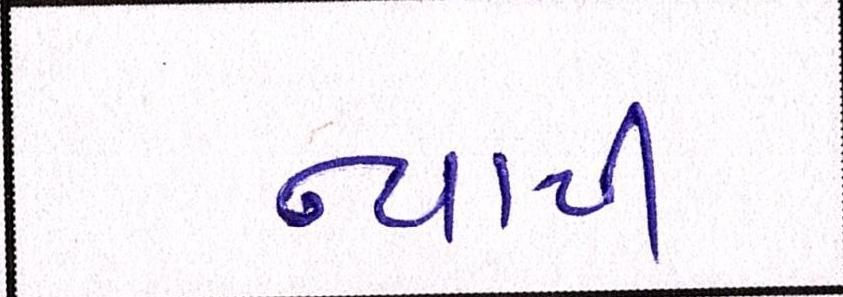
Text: ન્યાયી